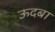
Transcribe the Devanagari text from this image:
ऊदबा